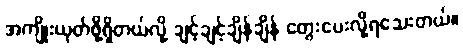
အကျိုးယုတ်ဖို့ရှိတယ်လို့ ချင့်ချင့်ချိန်ချိန် တွေးပေးလို့ရသေးတယ်။